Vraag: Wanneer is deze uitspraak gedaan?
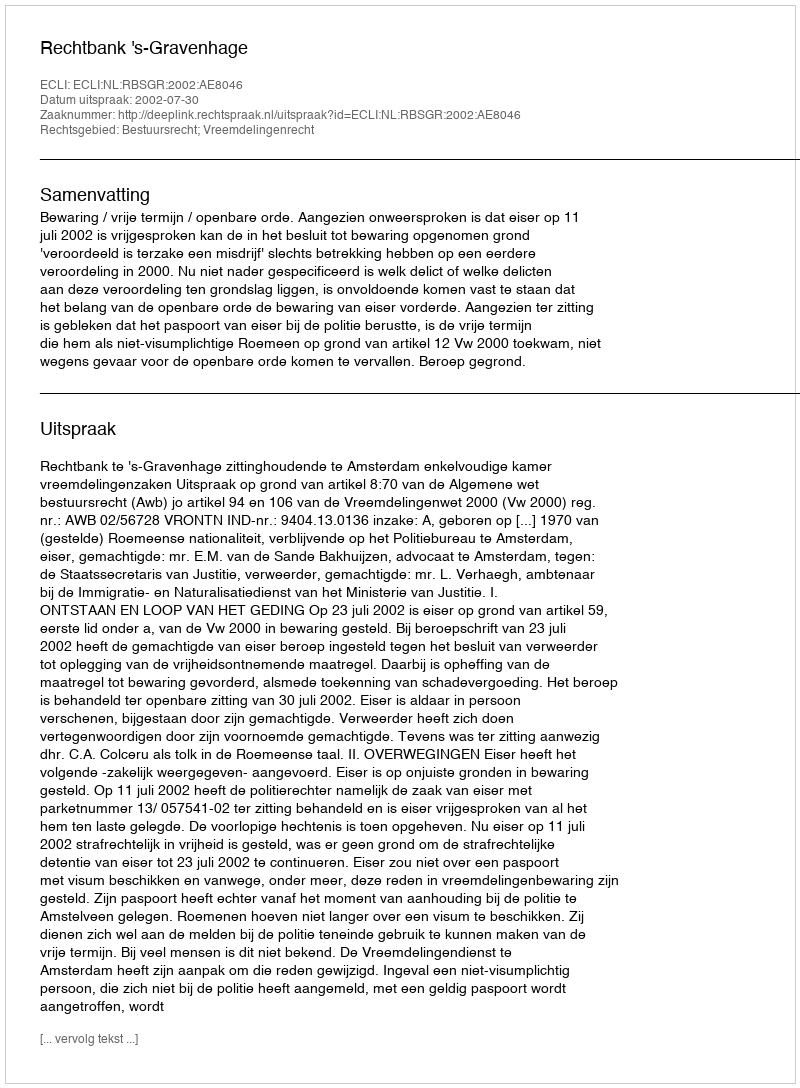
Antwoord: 2002-07-30